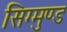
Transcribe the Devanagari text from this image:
सिग्मुण्ड